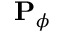
\mathbf { P } _ { \phi }